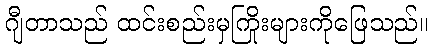
ဂျီတာသည် ထင်းစည်းမှကြိုးများကိုဖြေသည်။